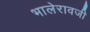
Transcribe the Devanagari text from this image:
भालेरावजी